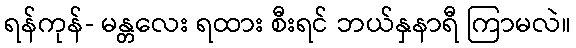
ရန်ကုန်- မန္တလေး ရထား စီးရင် ဘယ်နှနာရီ ကြာမလဲ။